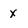
Character: X